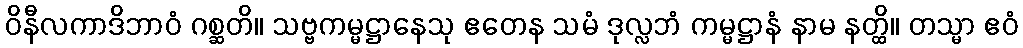
ဝိနီလကာဒိဘာဝံ ဂစ္ဆတိ။ သဗ္ဗကမ္မဋ္ဌာနေသု ဧတေန သမံ ဒုလ္လဘံ ကမ္မဋ္ဌာနံ နာမ နတ္ထိ။ တသ္မာ ဧဝံ